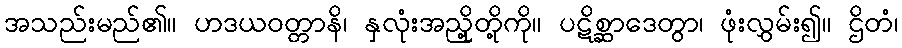
အသည်းမည်၏။ ဟဒယဝတ္တာနိ၊ နှလုံးအညှို့တို့ကို။ ပဋိစ္ဆာဒေတွာ၊ ဖုံးလွှမ်း၍။ ဌိတံ၊